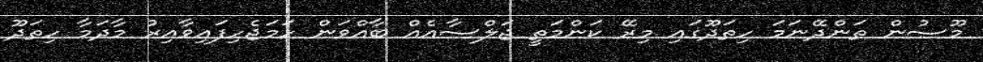
މޫސުން ތަންދޭނަމަ ހިތަދޫގައި މިރޭ ކަންމަތީ ޖަލްސާއެއް ބާއްވަން ހަމަޖެހިފައިވާއިރު މާދަމާ ހިތަދޫ